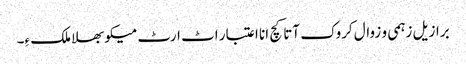
برازیل زہمی و زوال کروک آتا کچ انا اعتبار اٹ ارٹ میکو بھلا ملک ءِ۔